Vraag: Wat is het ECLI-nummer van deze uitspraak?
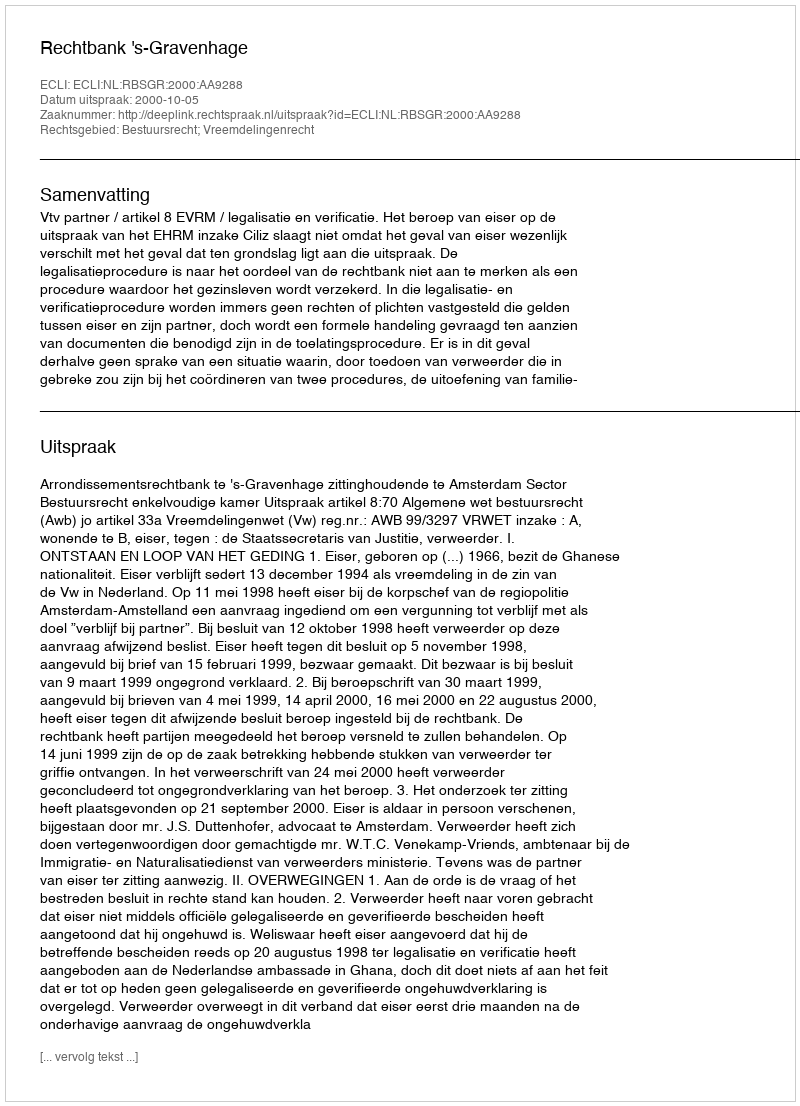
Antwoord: ECLI:NL:RBSGR:2000:AA9288